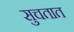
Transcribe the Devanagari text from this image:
सुचतात